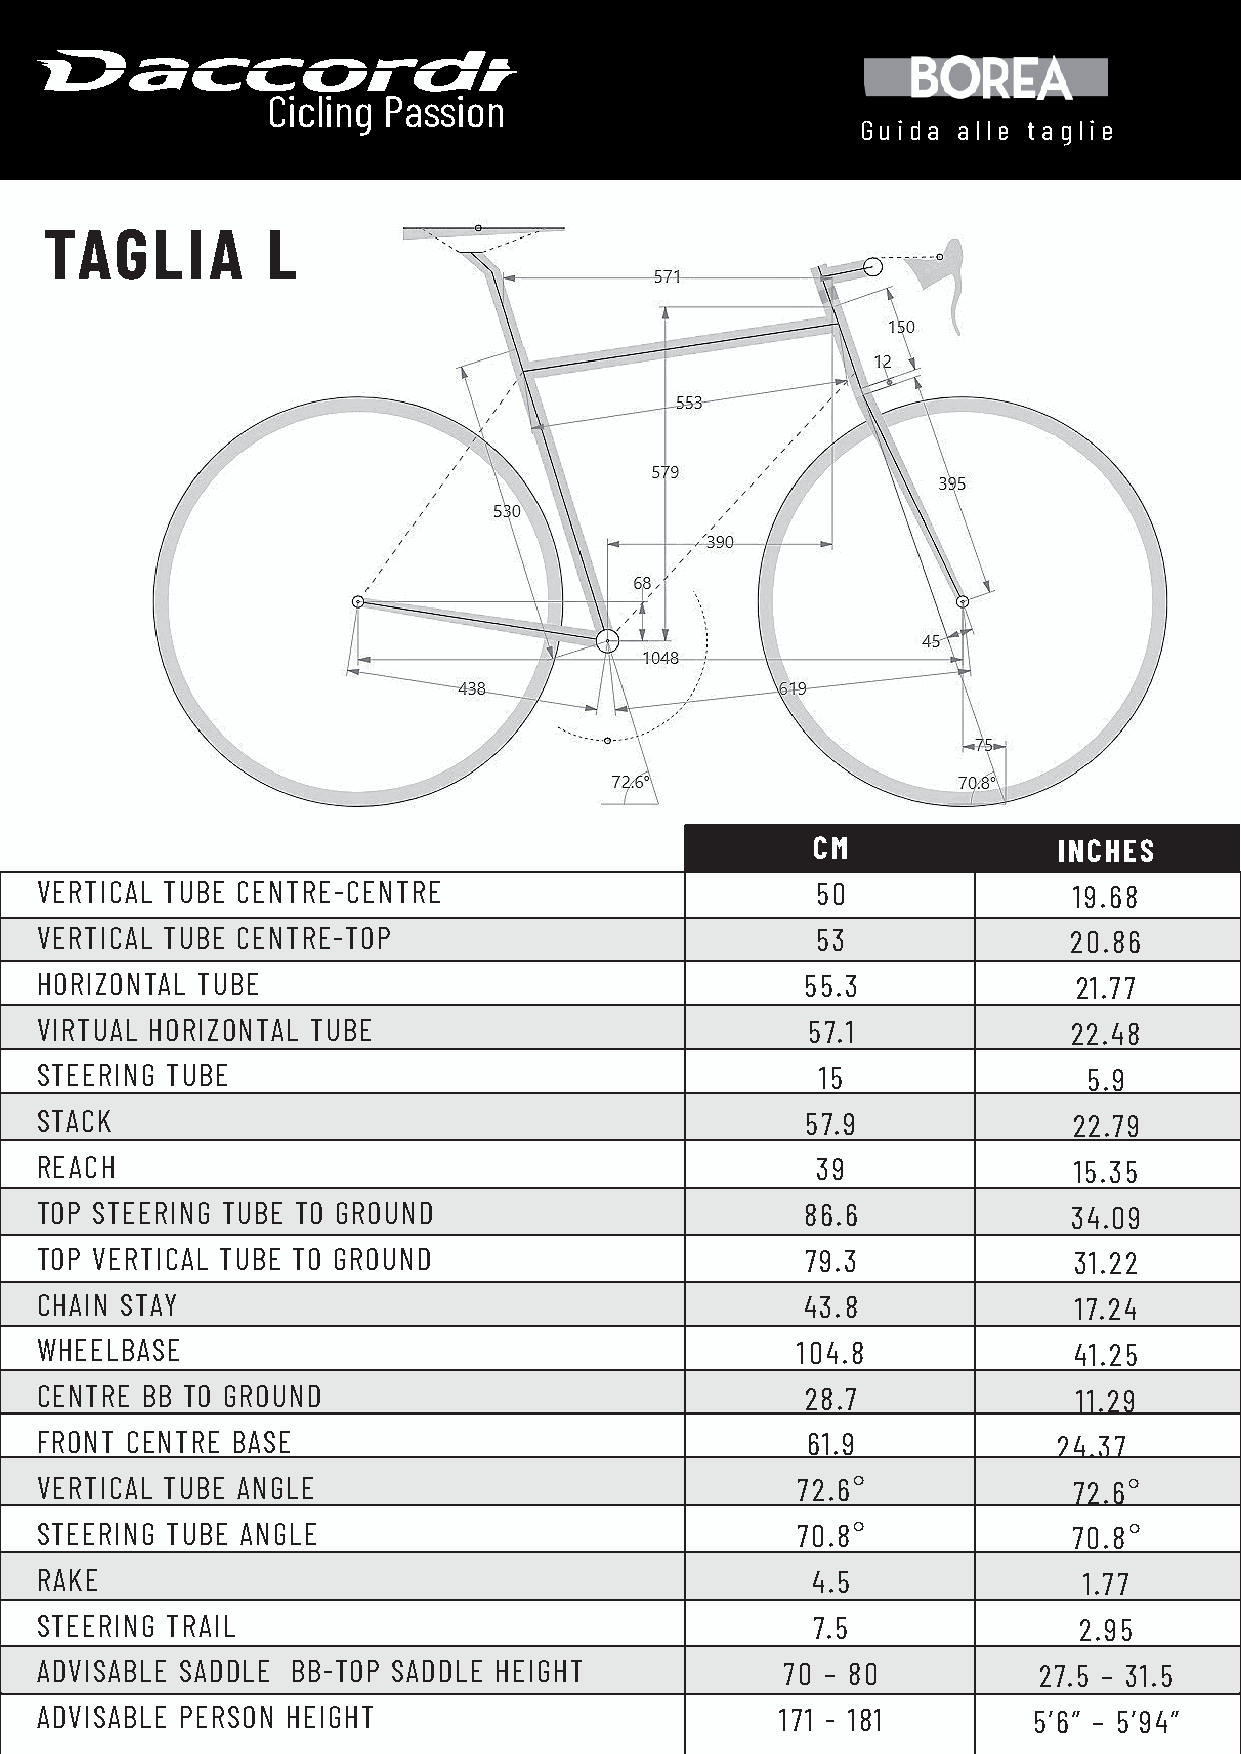
Cicling Passion
 Guida alle taglie
 TAGLIA         L
 CM              INCHES
 VERTICAL TUBE CENTRE-CENTRE                         50               19.68
 VERTICAL TUBE CENTRE-TOP                            53               20.86
 HORIZONTAL TUBE                                    55.3              21.77
 VIRTUAL HORIZONTAL TUBE                            57.1              22.48
 STEERING TUBE                                       15                5.9
 STACK                                              57.9              22.79
 REACH                                               39               15.35
 TOP STEERING TUBE TO GROUND                        86.6              34.09
 TOP VERTICAL TUBE TO GROUND                        79.3              31.22
 CHAIN STAY                                         43.8              17.24
 WHEELBASE                                          104.8             41.25
 CENTRE BB TO GROUND                                28.7              11.29
 FRONT CENTRE BASE                                  61.9             24.37
 VERTICAL TUBE ANGLE                                72.6°             72.6°
 STEERING TUBE ANGLE                                70.8°             70.8°
 RAKE                                                4.5               1.77
 STEERING TRAIL                                      7.5              2.95
 ADVISABLE SADDLE BB-TOP SADDLE HEIGHT             70 – 80          27.5 – 31.5
 ADVISABLE PERSON HEIGHT                           171 - 181       5’6” – 5’94”